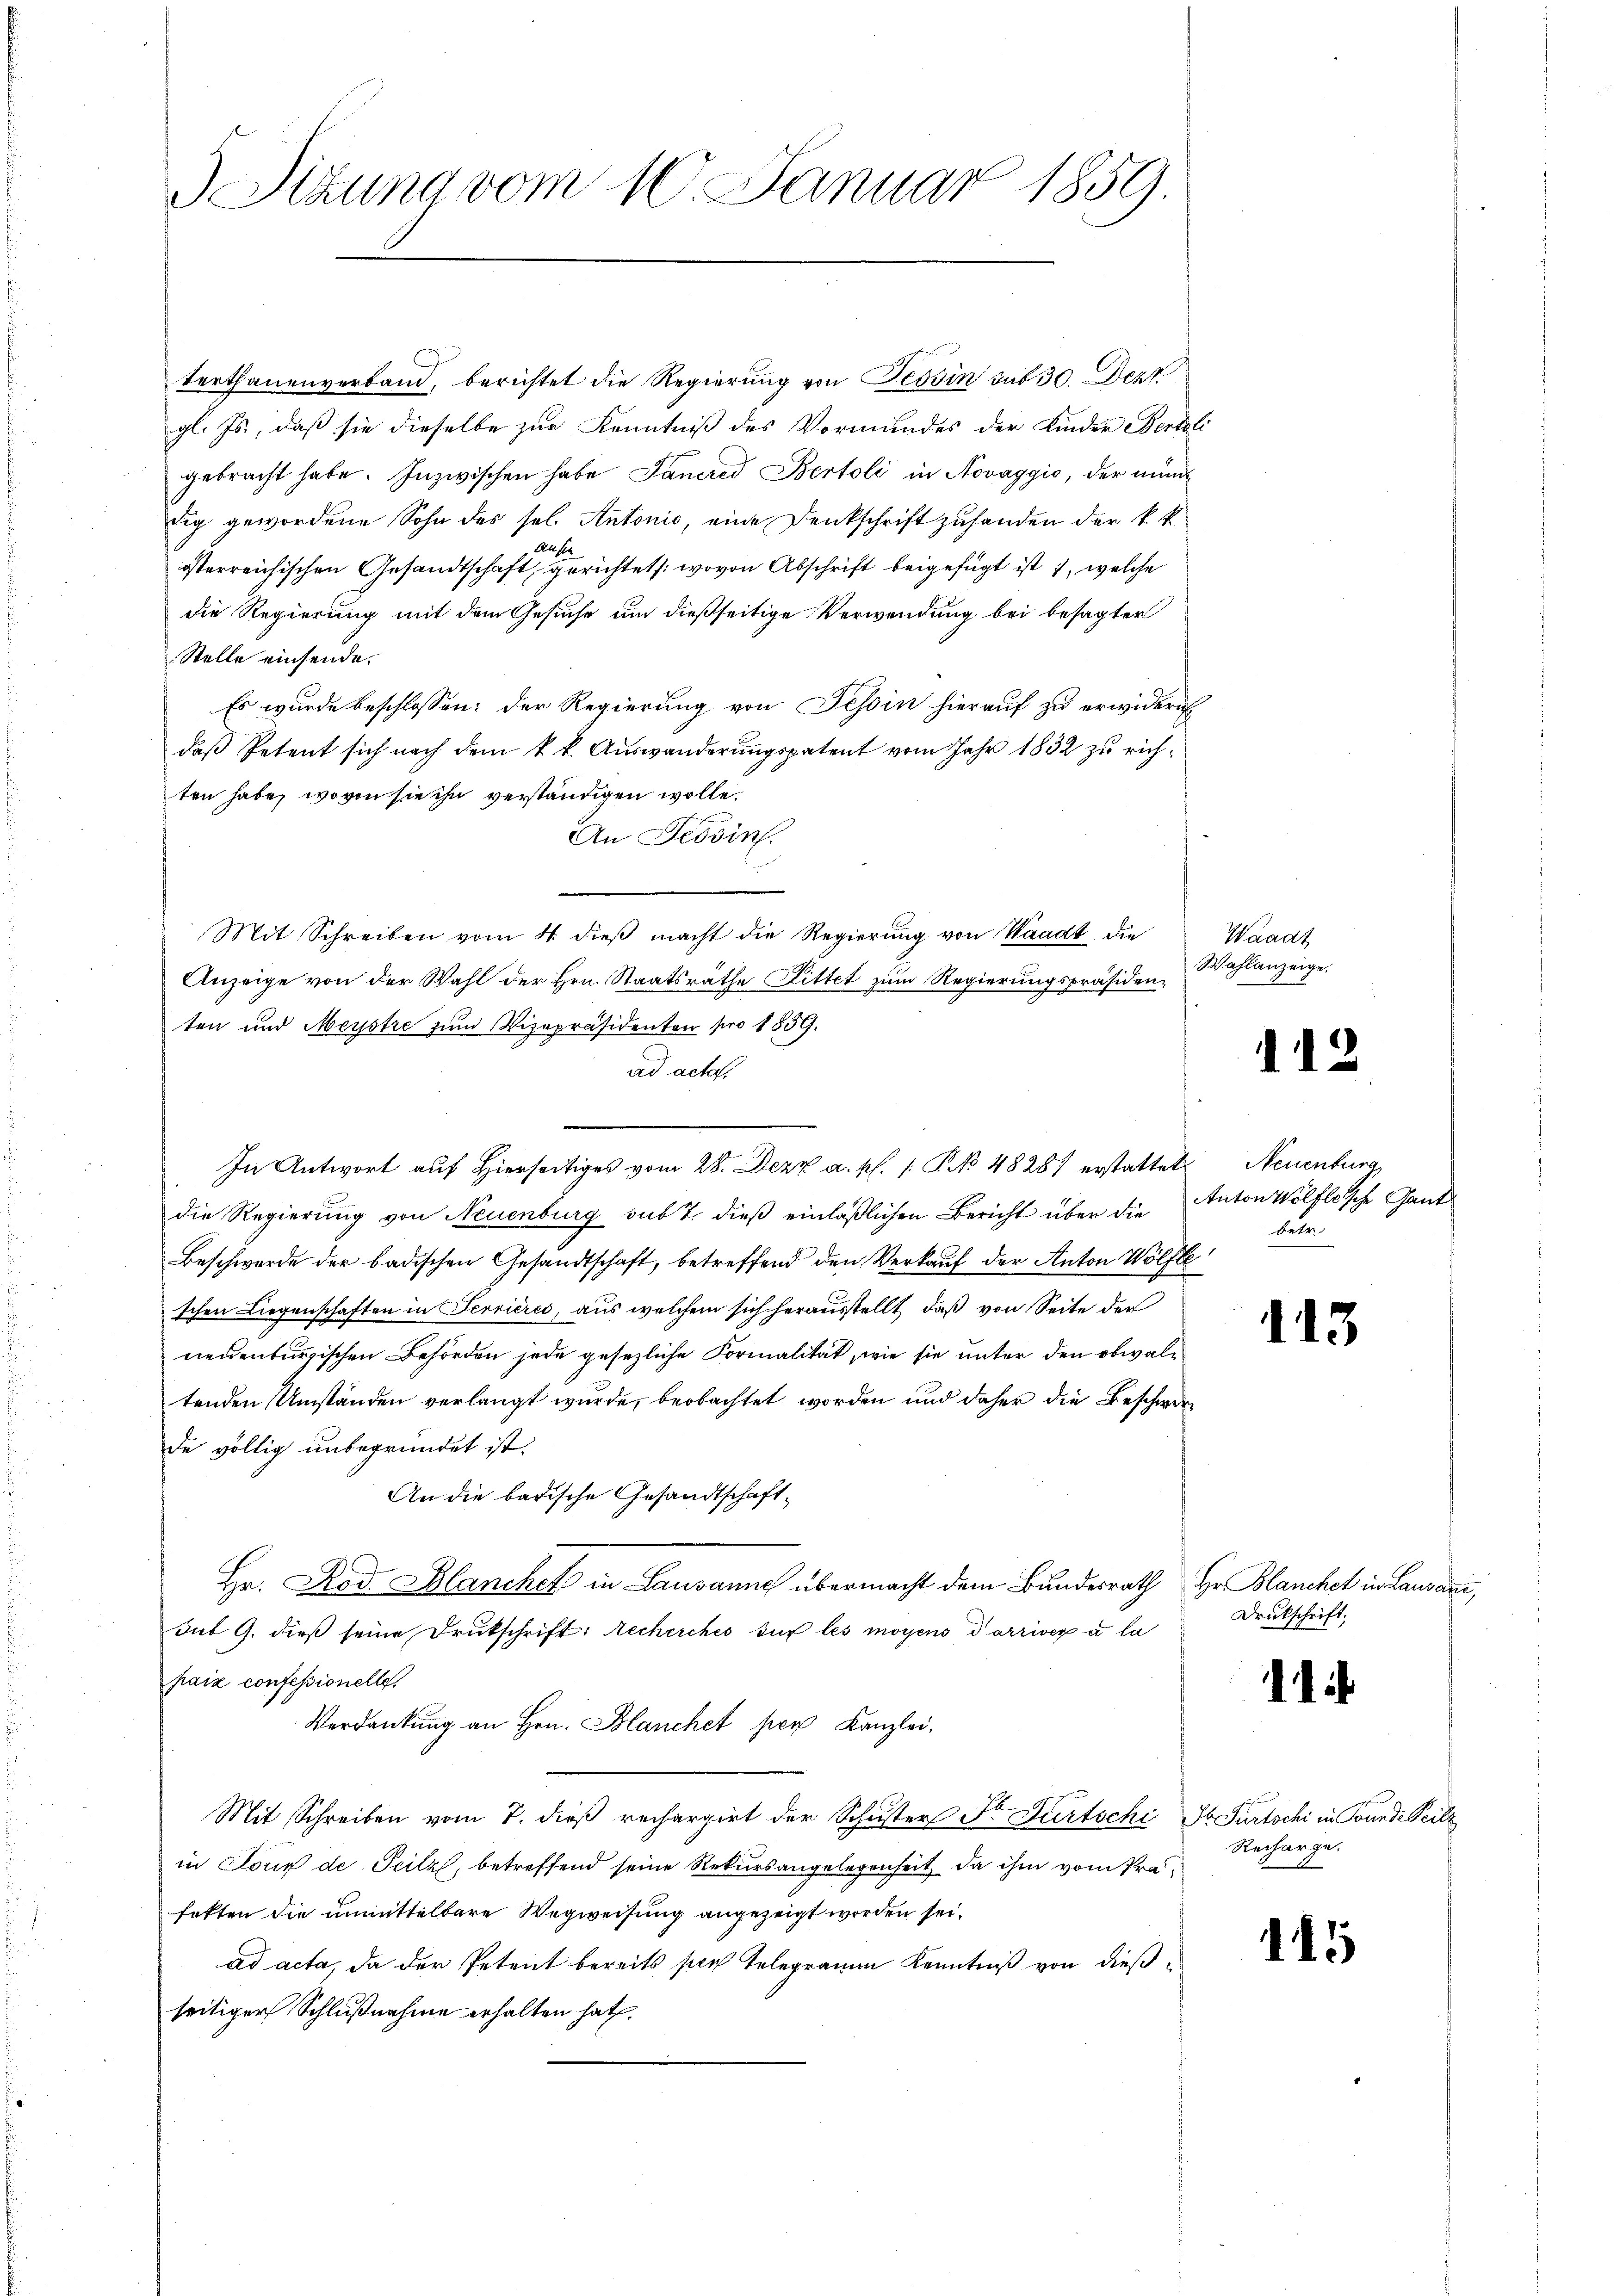
terthanenverband, berichtet die Regierung von Tessin sub 30. Dez
gl. Js., daß sie dieselbe zur Kenntniß des Vormundes der Kinder Bentzli
gebracht habe. Inzwischen habe Janere Bertoli in Novaggio, der münsig gewordene Sohn des sel. Antonio, eine Denkschrift zufanden der k. k.
Auscha
österreichischen Gesandtschaft, gerichtet: wovon Abschrift beigefügt ist, welche
die Regierung mit dem Gesuche um dießseitige Verwendung bei besagter
Stelle einsende.
Es wurde beschlossen: der Regierung von Tessin hierauf zu erwidern
daß Petent sich nach dem k. k. Auswanderungspatent vom Jahr 1832 zu richten habe, wovon sie ihn verständigen wolle.
An Tessin.
Mit Schreiben vom 4. dieβ macht die Regierung von Waadt die
Anzeige von der Wahl der Hrn. Staatsräthe Littet zum Regierungspräsiden-
ten und Meystre zum Vizepräsidenten pro 1859.
ad acta.
In Antwort auf hierseitiges vom 28. Dezz a. p. 1 P NNo. 48287 erstattet Neuenburg,
die Regierung von Neuenburg sub 7. dieß einläßlichen Bericht über die Anton Wölfleische Gant
Beschwerde der badischen Gesandtschaft, betreffend den Verkauf der Anton Wölfle
schen Liegenschaften in Terrières, aus welchem sich herausstellt, daß von Seite der
neuenburgischen Behörden jede gesezliche Formalität, wie sie unter den obwaltenden Umständen verlangt wurde, beobachtet worden und daher die Beschwerde völlig unbegründet ist.
An die badische Gesandtschaft¬
Hr. Rod. Blanchef in Lausanne übermacht dem Bundesrath Hr. Blanchet in Lausane,
dut 9. dieß seine Drukschrift: Recherches sur les moyens darriver à la
paix confessionelle.
Verdankung an Hrn. Blanchet per Kanzlei.
Mit Schreiben vom 7. dieß rechargirt der Schuster St. Fürtschi a Partschi in Bunde Peilz
in Joux de Teilz, betreffend seine Rekursangelegenheit, da ihm vom Präfekten die unmittelbare Wegweisung angezeigt worden sei.
ad acta, da der Petent bereits per Telegramm Kenntniß von dießseitiger Schlußnahme erhalten hat.

Sizung vom 10. Januar 1859.

Waadt
Wahlanzeige.

112

betr.

113

Drukschrift:

11

Recharge.

115